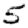
Digit: 5